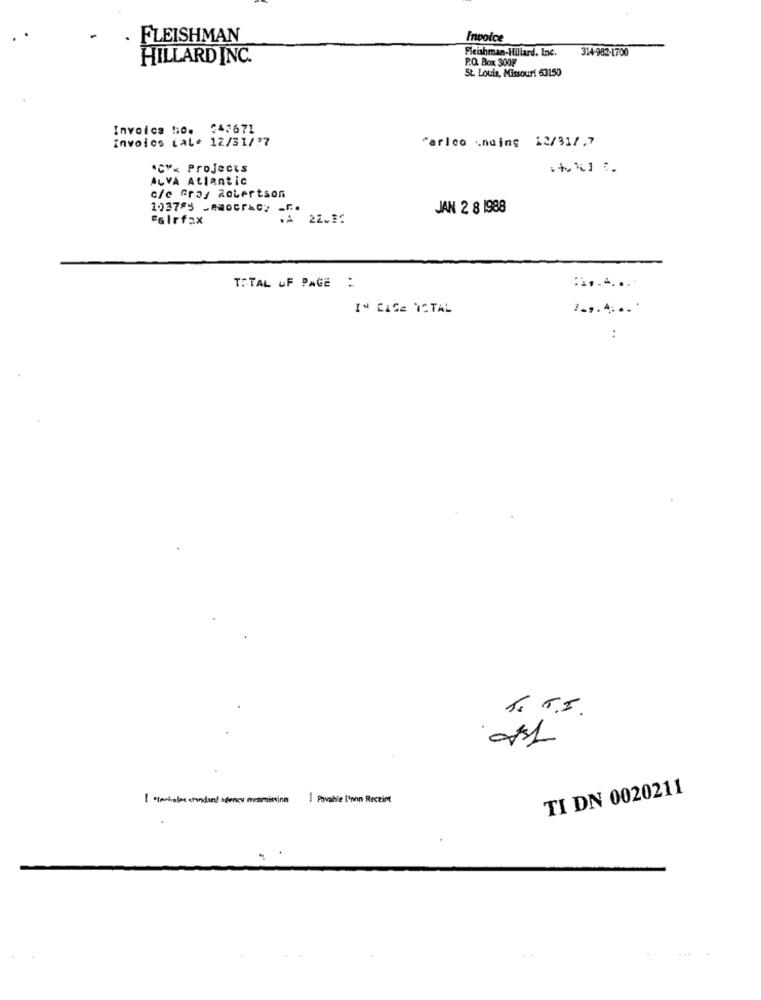
FLEISHMAN
Invoice
Fleishman-Hillard, Inc.
314-982-1700
HILLARD INC.
P.O. Box 300F
St. Louis, Missouri 63150
Invoice Ho. 543671
Invoice tale 12/31/?7
farloo .naing 12/31/.7
.C"% Projects
ALVA Atlantic
c/c Gray Robertson
JAN 2 8 1988
1037$9 _ AmocraG: - 22.37
Fairfax
TOTAL OF PAGE :
IN CASE TOTAL
:
5. T.I.
TI DN 0020211
1 ·instale standard agency inamissina 1 Pavable i'mon Receipt